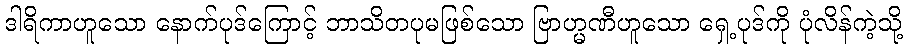
ဒါရိကာဟူသော နောက်ပုဒ်ကြောင့် ဘာသိတပုမဖြစ်သော ဗြာဟ္မဏီဟူသော ရှေ့ပုဒ်ကို ပုံလိန်ကဲ့သို့